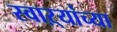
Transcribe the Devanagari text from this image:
स्वाऱ्यांच्या